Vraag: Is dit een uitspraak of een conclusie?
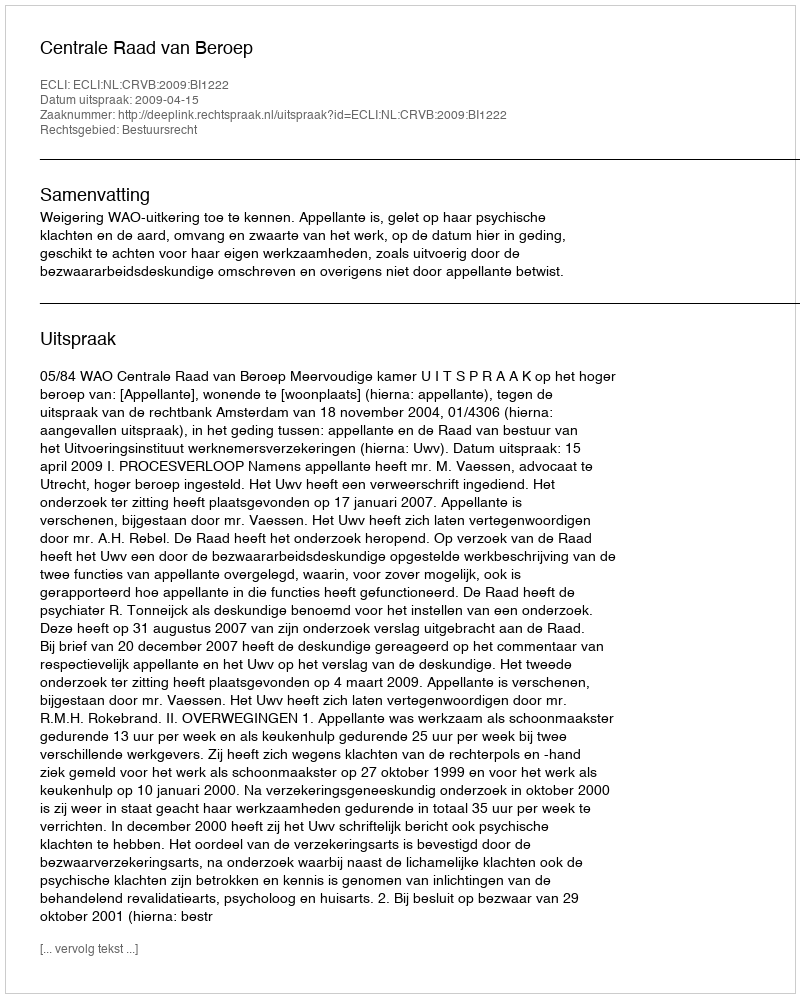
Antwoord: Uitspraak